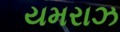
યમરાઝ